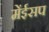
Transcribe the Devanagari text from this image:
मेंईसप